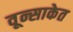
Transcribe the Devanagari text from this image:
वून्साकेत